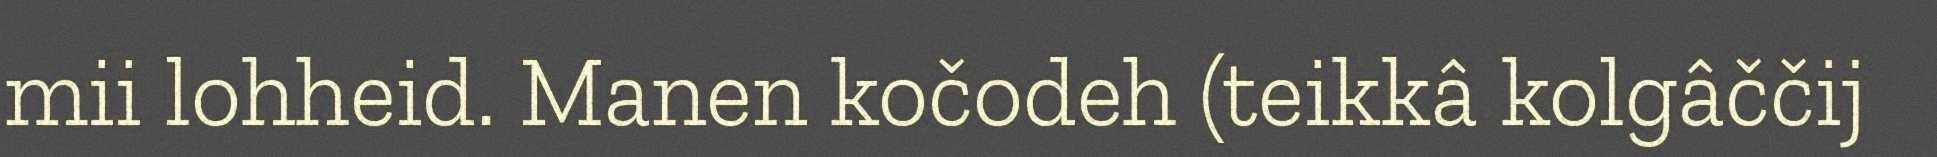
mii lohheid. Manen kočodeh (teikkâ kolgâččij